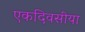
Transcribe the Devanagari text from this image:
एकदिवसीया